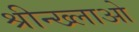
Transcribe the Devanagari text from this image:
श्रीन्ख्लाओ